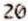
20